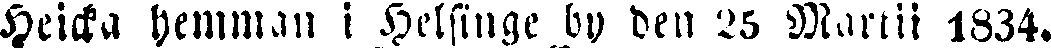
Heicka hemman i Helsinge by den 25 Martii 1834.